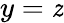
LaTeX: y=\mathit{z}